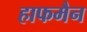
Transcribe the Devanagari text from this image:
हाफमैन